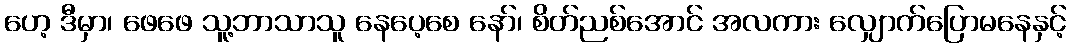
ဟေ့ ဒီမှာ၊ ဖေဖေ သူ့ဘာသာသူ နေပေ့စေ နော်၊ စိတ်ညစ်အောင် အလကား လျှောက်ပြောမနေနှင့်